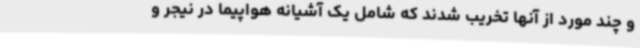
و چند مورد از آنها تخریب شدند که شامل یک آشیانه هواپیما در نیجر و